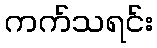
ကက်သရင်း